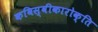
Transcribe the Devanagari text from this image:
कविस्वीकारोक्ति